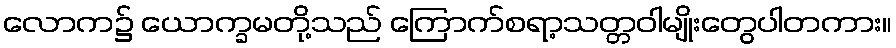
လောက၌ ယောက္ခမတို့သည် ကြောက်စရာ့သတ္တဝါမျိုးတွေပါတကား။